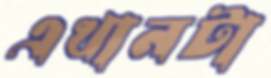
এখানটা